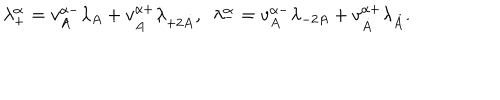
\lambda _ { + } ^ { \alpha } = v _ { A } ^ { \alpha - } \lambda _ { A } + v _ { \dot { A } } ^ { \alpha + } \lambda _ { + 2 \dot { A } } , \ \ \lambda _ { - } ^ { \alpha } = v _ { A } ^ { \alpha - } \lambda _ { - 2 A } + v _ { \dot { A } } ^ { \alpha + } \lambda _ { \dot { A } } .